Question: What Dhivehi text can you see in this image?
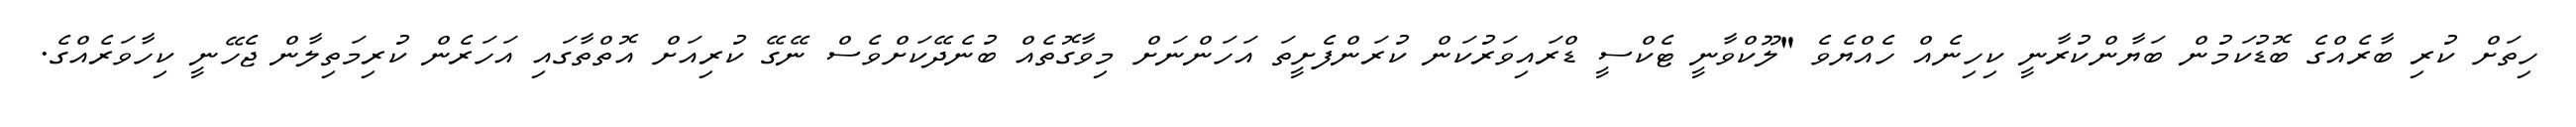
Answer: ހިތަށް ކުރި ބާރެއްގެ ބޮޑުކަމުން ބަޔާންކުރާނީ ކިހިނެއް ހެއްޔެވެ "ލޫކްވާނީ ޓެކްސީ ޑްރައިވަރުކަން ކުރަންފެށީތަ އަހަންނަށް މިވާގޮތެއް ބުނެދޭކަށްވެސް ނޭގޭ ކުރިއަށް އޮތްތާގައި އަހަރެން ކުރިމަތިލާން ޖެހޭނީ ކިހާވަރެއްގެ.